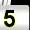
Digit: 5